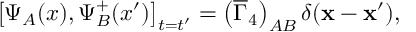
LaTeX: \left[ \Psi _ { A } ( x ) , \Psi _ { B } ^ { + } ( x ^ { \prime } ) \right] _ { t = t ^ { \prime } } = \left( \overline { { { \Gamma } } } _ { 4 } \right) _ { A B } \delta ( \mathbf { x } - \mathbf { x } ^ { \prime } ) ,